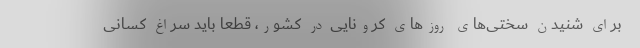
برای شنیدن سختی‌های روزهای کرونایی در کشور، قطعاً باید سراغ کسانی